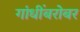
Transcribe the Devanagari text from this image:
गांधींबरोबर